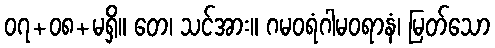
၀၇+၀၈+မရှိ။ တေ၊ သင်အား။ ဂမဝရံဂါမဝရာနံ၊ မြတ်သော